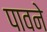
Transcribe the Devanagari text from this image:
पावने